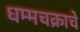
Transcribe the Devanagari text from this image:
धम्मचक्राचे